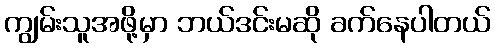
ကျွမ်းသူအဖို့မှာ ဘယ်ဒင်းမဆို ခက်နေပါတယ်